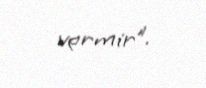
vermir”.